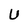
Character: U